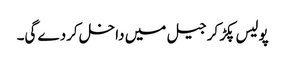
پولیس پکڑ کر جیل میں داخل کردے گی۔